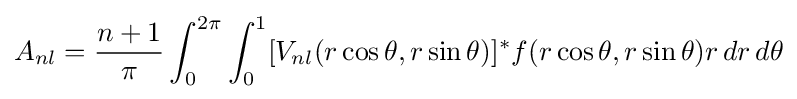
A_{nl}={\frac {n+1}{\pi }}\int _{0}^{2\pi }\int _{0}^{1}[V_{nl}(r\cos \theta ,r\sin \theta )]^{*}f(r\cos \theta ,r\sin \theta )r\,dr\,d\theta